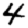
Digit: 4